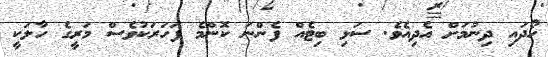
ހޯދައި ދިނުމަށް އެދިއެވެ. ސަޅި ބިޓެއް ފެންނަ ކޮންމެ ފަހަރަކުވެސް މަރީގެ ހާލަކީ